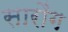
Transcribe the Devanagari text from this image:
सारौंग